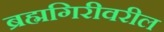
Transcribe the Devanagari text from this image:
ब्रह्मगिरीवरील